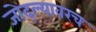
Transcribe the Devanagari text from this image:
जोद्ल्यावरच